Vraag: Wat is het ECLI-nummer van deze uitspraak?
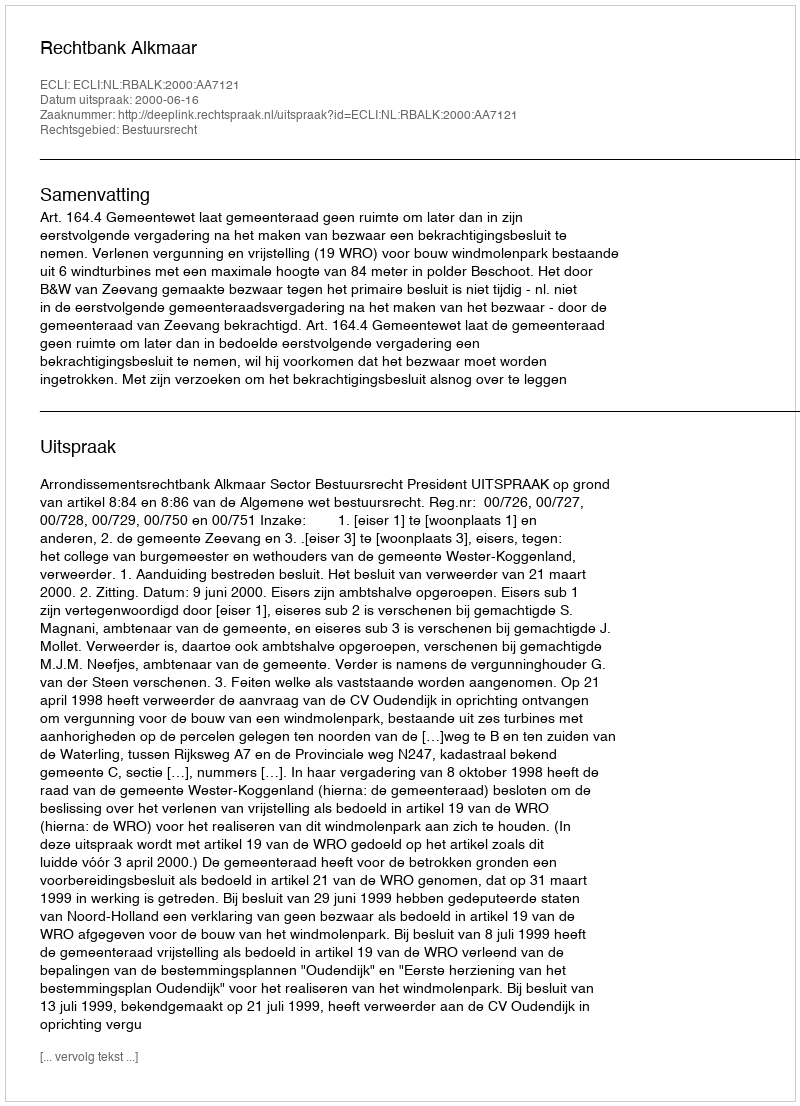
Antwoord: ECLI:NL:RBALK:2000:AA7121